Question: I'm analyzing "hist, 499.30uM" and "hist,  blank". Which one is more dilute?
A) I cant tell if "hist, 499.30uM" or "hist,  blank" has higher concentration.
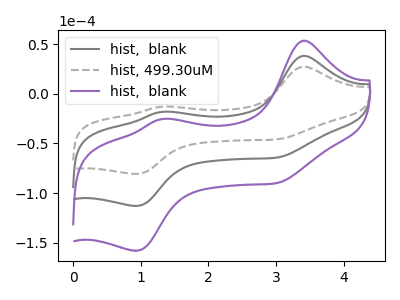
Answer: <think>The gray curve "hist,  blank" has anodic peaks at (3.40V, 38.25uA) (1.30V, -18.10uA) and cathodic peaks at (3.05V, -64.00uA) (0.90V, -113.05uA). The gray dashed curve "hist, 499.30uM" has anodic peaks at (3.40V, 27.35uA) (1.30V, -12.95uA) and cathodic peaks at (3.05V, -45.75uA) (0.90V, -80.80uA). The purple curve "hist,  blank" has anodic peaks at (3.40V, 76.55uA) (1.30V, -36.25uA) and cathodic peaks at (3.05V, -128.00uA) (0.90V, -226.10uA).
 All the peaks in "hist, 499.30uM" have a peak in "hist,  blank" at the same potential.</think>
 <answer>A) I cant tell if "hist, 499.30uM" or "hist,  blank" has higher concentration.</answer>
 <eval>A</eval>